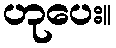
ဟုပေး။